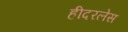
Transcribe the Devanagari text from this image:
हीदरलेस